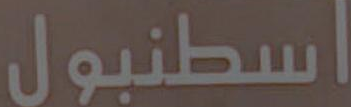
اسطنبول